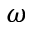
\omega